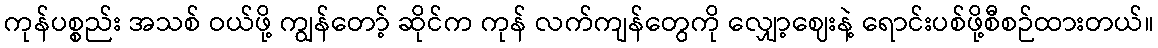
ကုန်ပစ္စည်း အသစ် ဝယ်ဖို့ ကျွန်တော့် ဆိုင်က ကုန် လက်ကျန်တွေကို လျှော့ဈေးနဲ့ ရောင်းပစ်ဖို့စီစဉ်ထားတယ်။